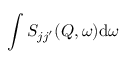
\int { S _ { j j ^ { \prime } } } ( Q , \omega ) \mathrm { d } \omega